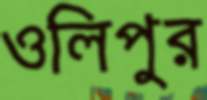
ওলিপুর